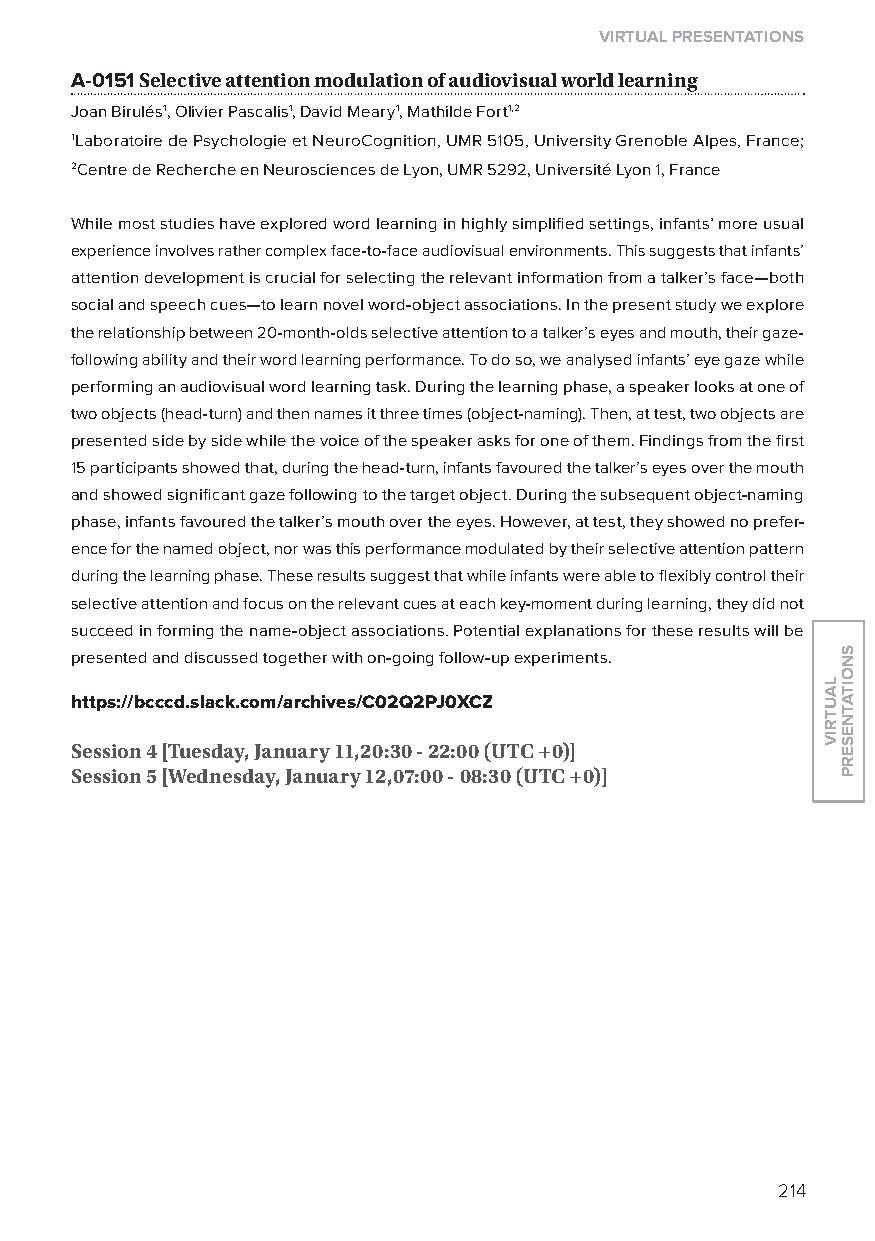
virtual presentations
 A-0151 selective attention modulation of audiovisual world learning
 Joan Birulés1, olivier Pascalis1, David Meary1, Mathilde Fort1,2
 1laboratoire de Psychologie et NeuroCognition, UMR 5105, University Grenoble Alpes, France;
 2Centre de Recherche en Neurosciences de lyon, UMR 5292, Université lyon 1, France
 While most studies have explored word learning in highly simplified settings, infants’ more usual
 experience involves rather complex face-to-face audiovisual environments. This suggests that infants’
 attention development is crucial for selecting the relevant information from a talker’s face—both
 social and speech cues—to learn novel word-object associations. In the present study we explore
 the relationship between 20-month-olds selective attention to a talker’s eyes and mouth, their gaze-
 following ability and their word learning performance. To do so, we analysed infants’ eye gaze while
 performing an audiovisual word learning task. During the learning phase, a speaker looks at one of
 two objects (head-turn) and then names it three times (object-naming). Then, at test, two objects are
 presented side by side while the voice of the speaker asks for one of them. Findings from the first
 15 participants showed that, during the head-turn, infants favoured the talker’s eyes over the mouth
 and showed significant gaze following to the target object. During the subsequent object-naming
 phase, infants favoured the talker’s mouth over the eyes. However, at test, they showed no prefer-
 ence for the named object, nor was this performance modulated by their selective attention pattern
 during the learning phase. These results suggest that while infants were able to flexibly control their
 selective attention and focus on the relevant cues at each key-moment during learning, they did not
 succeed in forming the name-object associations. Potential explanations for these results will be
 presented and discussed together with on-going follow-up experiments.
 https://bcccd.slack.com/archives/C02Q2pJ0XCZ
 session 4 [tuesday, January 11,20:30 - 22:00 (utC +0)]
 session 5 [Wednesday, January 12,07:00 - 08:30 (utC +0)]
 214
 lautriv
 snoitatneserp